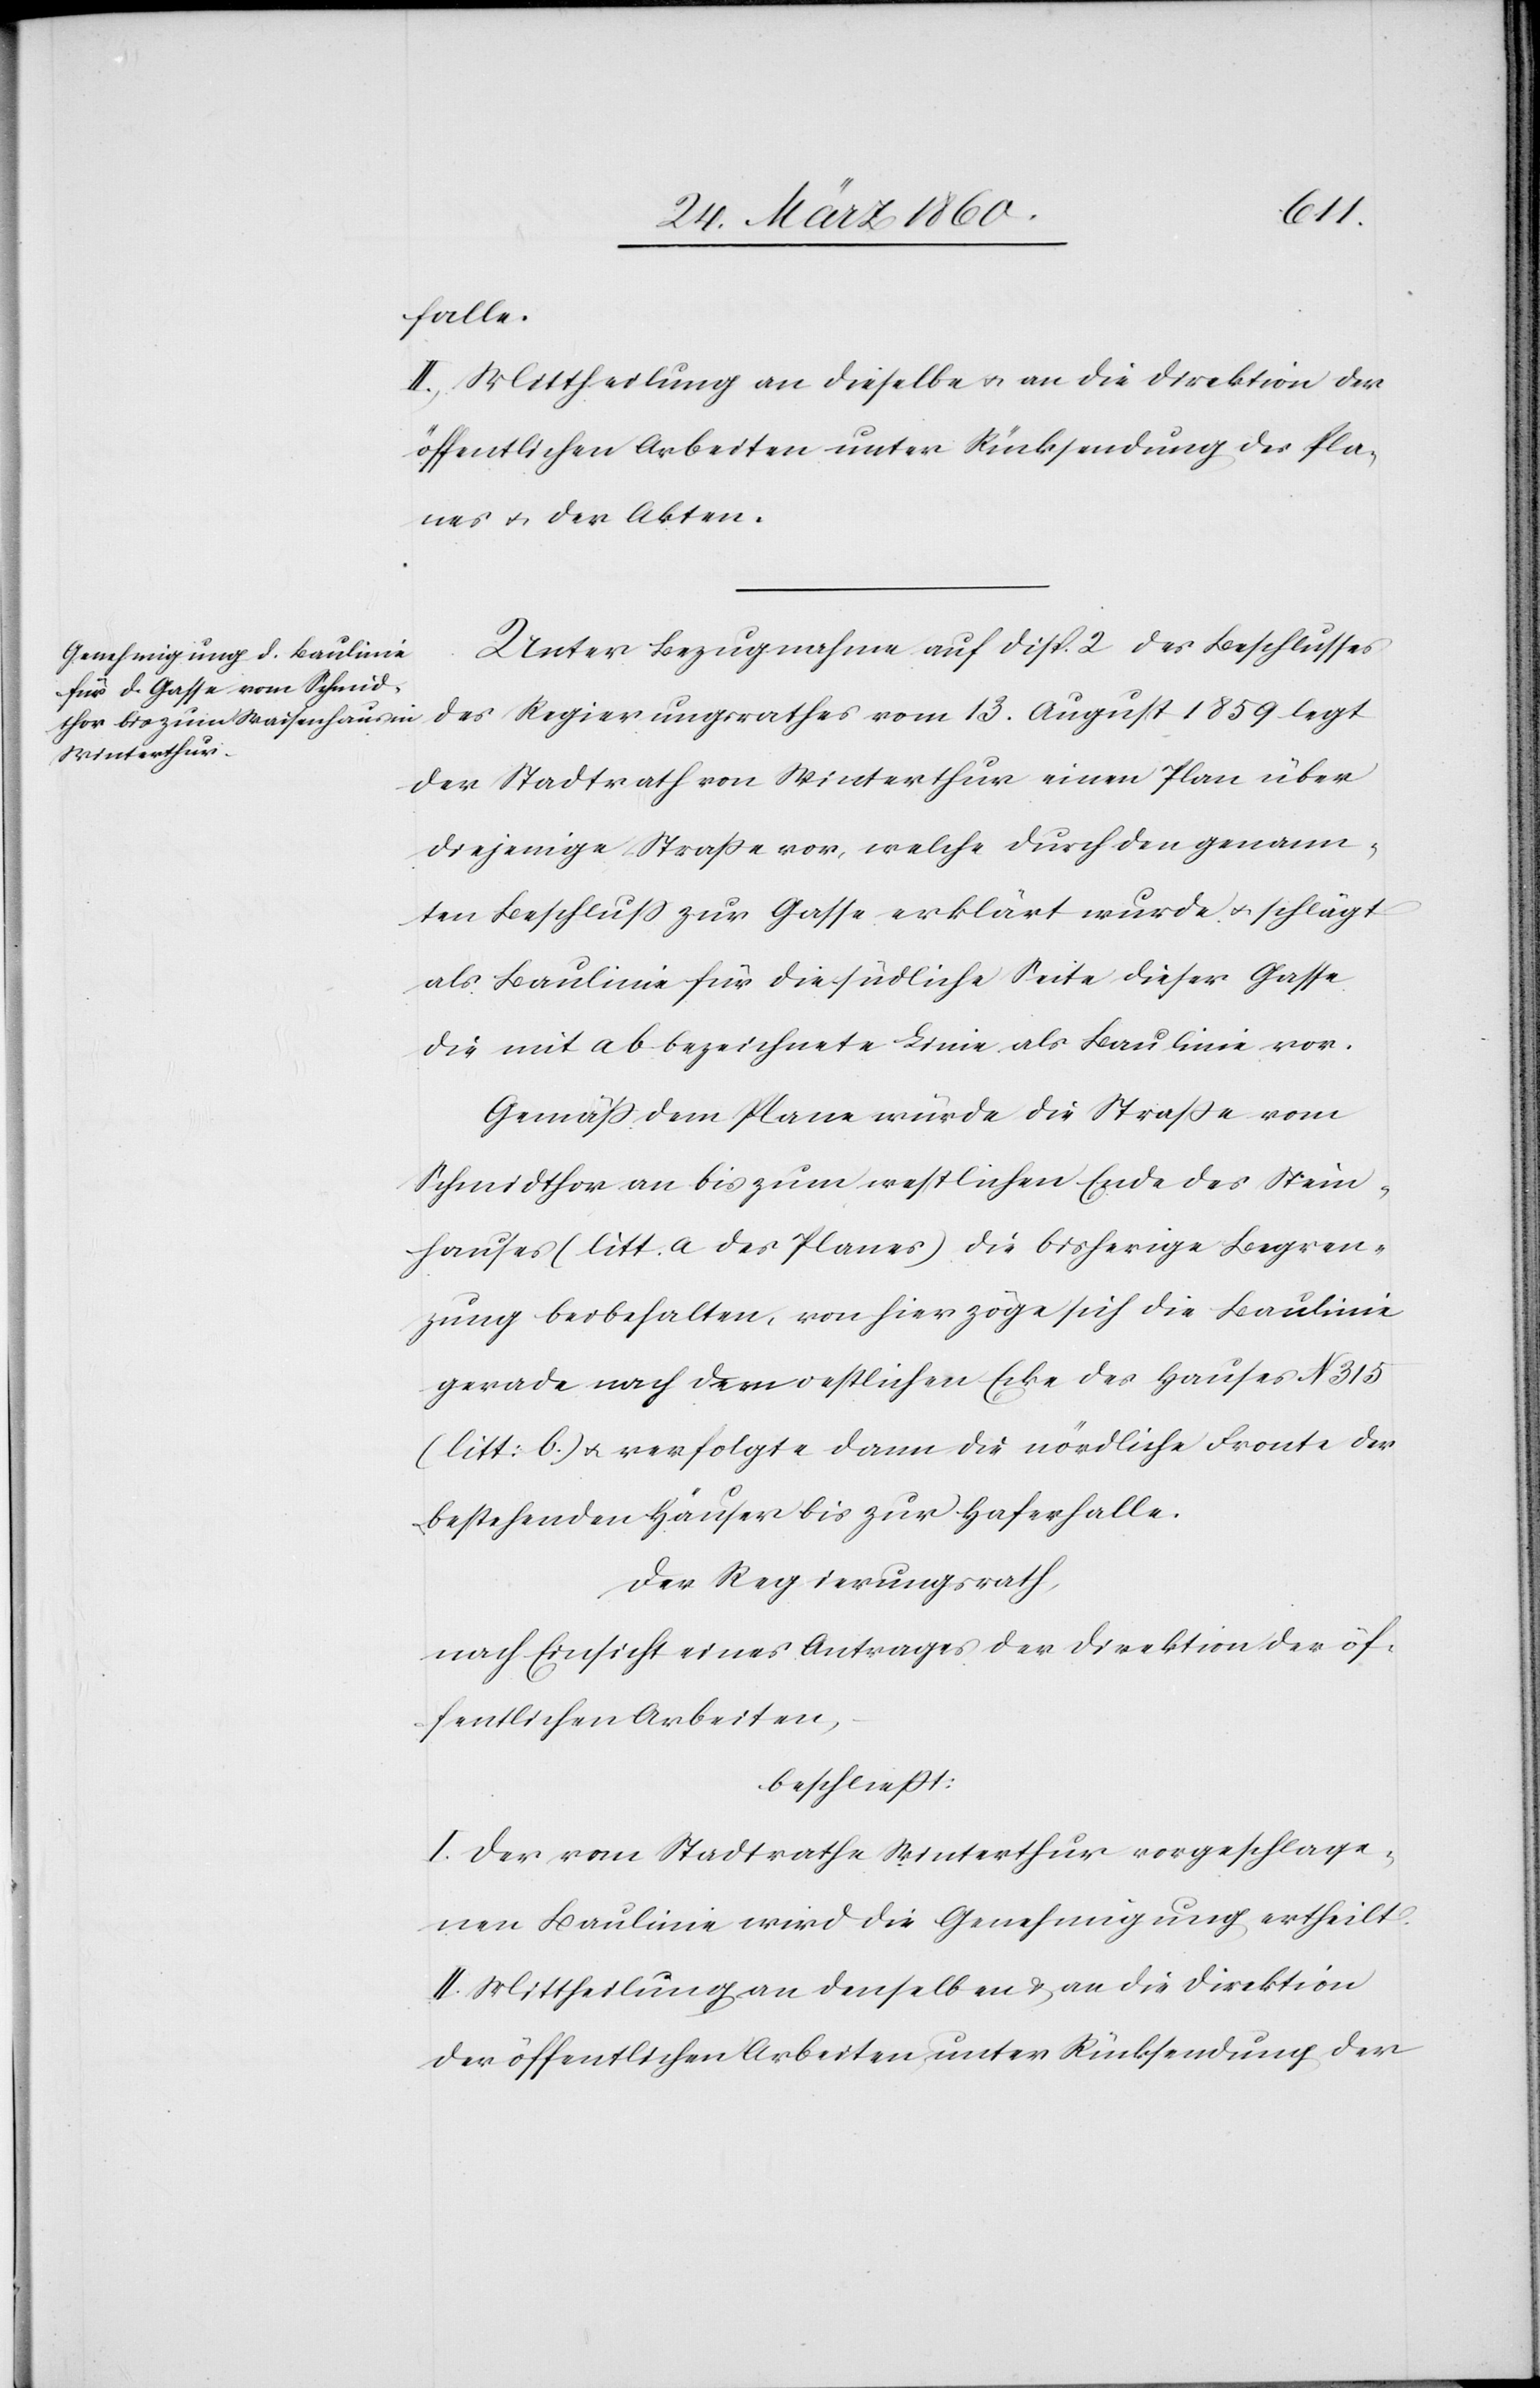
falle.
II. Mittheilung an dieselbe u. an die Direktion der
öffentlichen Arbeiten unter Rücksendung des Pla¬
nes u. der Akten.
Unter Bezugnahme auf Disp. 2 des Beschlusses
des Regierungsrathes vom 13. August 1859 legt
der Stadtrath von Winterthur einen Plan über
diejenige Strasse vor, welche durch den genann¬
ten Beschluss zur Gasse erklärt wurde u. schlägt
als Baulinie für die südliche Seite dieser Gasse
die mit ab bezeichnete Linie als Baulinie vor.
Gemäss dem Plane würde die Strasse vom
Schmidthor an bis zum westlichen Ende des Stein¬
hauses (litt. a. des Planes) die bisherige Begren¬
zung beibehalten, von hier zöge sich die Baulinie
gerade nach dem westlichen Ende des Hauses N 315
(litt. b.) u. verfolgte dann die nördliche Fronte der
bestehenden Häuser bis zur Haferhalle.
Der Regierungsrath,
nach Einsicht eines Antrages der Direktion der öf¬
fentlichen Arbeiten,
beschliesst:
I. Der vom Stadtrathe Winterthur vorgeschlage¬
nen Baulinie wird die Genehmigung ertheilt.
II. Mittheilung an denselben u. an die Direktion
der öffentlichen Arbeiten unter Rücksendung der